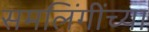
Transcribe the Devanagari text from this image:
समलिंगींच्या